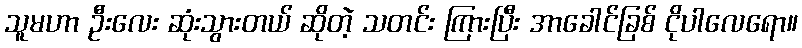
သူမဟာ ဦးလေး ဆုံးသွားတယ် ဆိုတဲ့ သတင်း ကြားပြီး အာခေါင်ခြစ် ငိုပါလေရော။